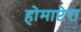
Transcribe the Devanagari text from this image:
होमाप्टेरा